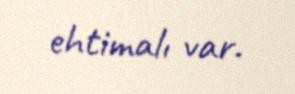
ehtimalı var.